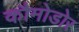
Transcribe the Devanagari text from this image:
कौमोडोर